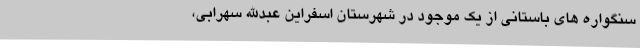
سنگواره های باستانی از یک موجود در شهرستان اسفراین عبدالله سهرابی،